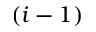
( i - 1 )